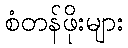
စံတန်ဖိုးများ